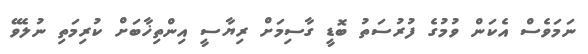
ނަމަވެސް އެކަން ވުމުގެ ފުރުސަތު ބޮޑީ ގާސިމަށް ރިޔާސީ އިންތިޚާބަށް ކުރިމަތި ނުލެވޭ